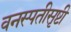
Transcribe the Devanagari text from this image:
वनस्पतीसृष्टी